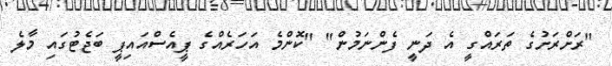
"ރަށްރަށުގެ ތަރައްގީ އެ ދަނީ ފެންނަމުން" "ކޮންމެ އަހަރެއްގެ ޕީއެސްއައިޕީ ބަޖެޓުގައި މާލެ